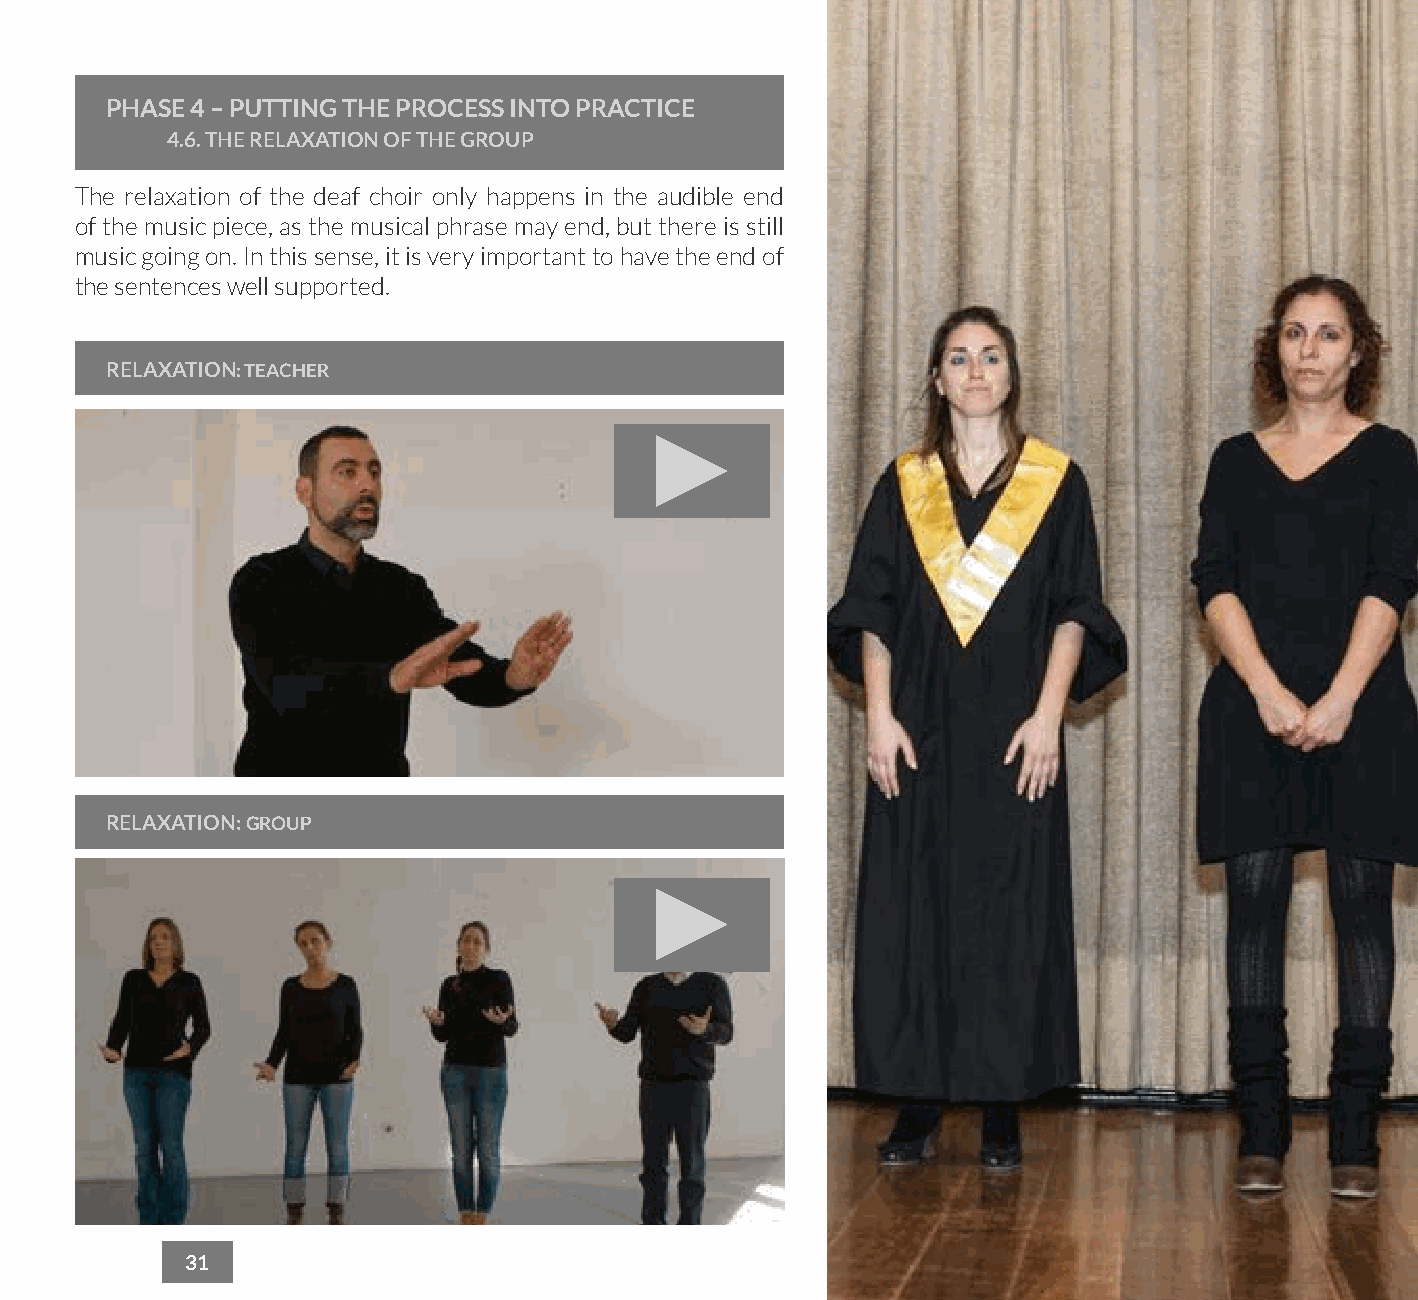
PHASE 4 – PUTTING THE PROCESS INTO PRACTICE
 4.6. THE RELAXATION OF THE GROUP
 The relaxation of the deaf choir only happens in the audible end
 of the music piece, as the musical phrase may end, but there is still
 music going on. In this sense, it is very important to have the end of
 the sentences well supported.
 RELAXATION: TEACHER
 RELAXATION: GROUP
 31